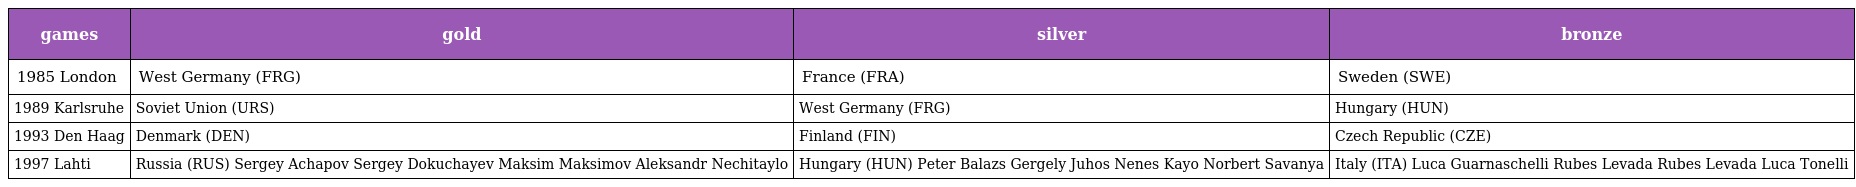
| games | gold | silver | bronze |
 | --- | --- | --- | --- |
 | 1985 London | West Germany (FRG) | France (FRA) | Sweden (SWE) |
 | 1989 Karlsruhe | Soviet Union (URS) | West Germany (FRG) | Hungary (HUN) |
 | 1993 Den Haag | Denmark (DEN) | Finland (FIN) | Czech Republic (CZE) |
 | 1997 Lahti | Russia (RUS) Sergey Achapov Sergey Dokuchayev Maksim Maksimov Aleksandr Nechitaylo | Hungary (HUN) Peter Balazs Gergely Juhos Nenes Kayo Norbert Savanya | Italy (ITA) Luca Guarnaschelli Rubes Levada Rubes Levada Luca Tonelli |